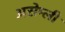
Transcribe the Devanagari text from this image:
असेम्ली